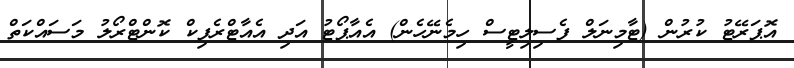
އޮޕަރޭޓު ކުރުން (ޓާމިނަލް ފެސިލިޓީސް ހިމެނޭހެން) އެއާޕޯޓު އަދި އެއާޓްރެފިކް ކޮންޓްރޯލު މަސައްކަތް